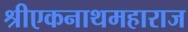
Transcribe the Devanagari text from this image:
श्रीएकनाथमहाराज